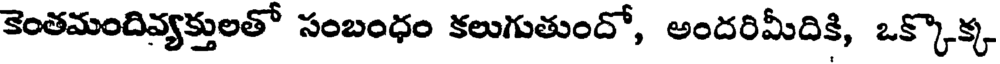
కెంతమందివ్యక్తులతో సంబంధం కలుగుతుందో, అందరిమీదికి, ఒక్కొక్క